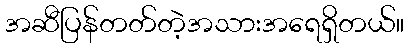
အဆီပြန်တတ်တဲ့အသားအရေရှိတယ်။